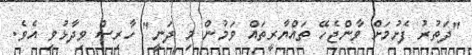
"ދަތުރު ފެށުމަށް ވާންޖެހޭ ތައްޔާރީތައް ވަމުން މި ދަނީ" ހާރިސް ވިދާޅުވި އެވެ.